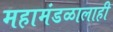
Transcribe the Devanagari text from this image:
महामंडळालाही